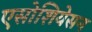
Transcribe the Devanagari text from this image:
एसोशियेसन